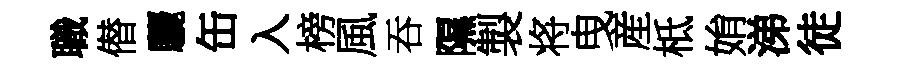
職僣驪缶入榜風吞隰製将曳産柢姢涕徒